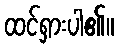
ထင်ရှားပါ၏။